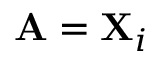
\mathbf { A } = \mathbf { X } _ { i }